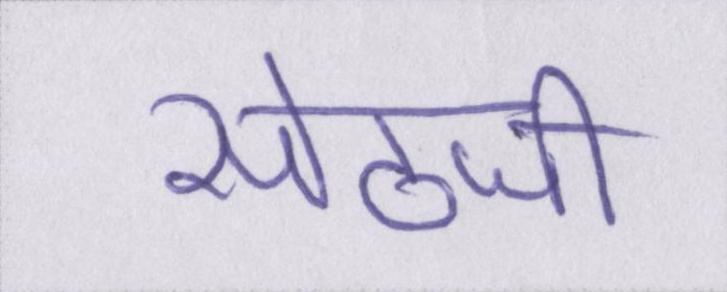
सेठजी